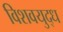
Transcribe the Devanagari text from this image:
विशवयुद्ध